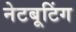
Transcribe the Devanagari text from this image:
नेटबूटिंग